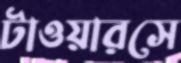
টাওয়ারসে